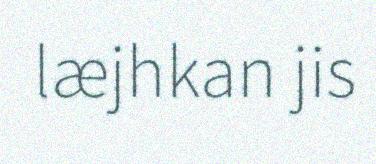
læjhkan jis